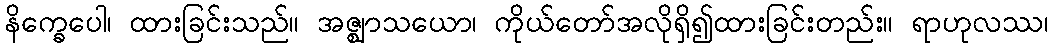
နိက္ခေပေါ၊ ထားခြင်းသည်။ အဇ္ဈာသယော၊ ကိုယ်တော်အလိုရှိ၍ထားခြင်းတည်း။ ရာဟုလဿ၊